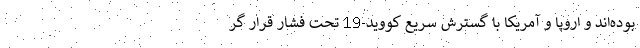
بوده‌اند و اروپا و آمریکا با گسترش سریع کووید-19 تحت فشار قرار گر